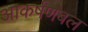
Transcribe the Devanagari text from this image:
आकर्षणबल